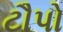
ટૌપો